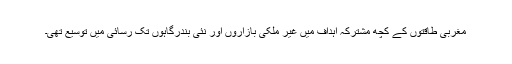
مغربی طاقتوں کے کچھ مشترکہ اہداف میں غیر ملکی بازاروں اور نئی بندرگاہوں تک رسائی میں توسیع تھی۔